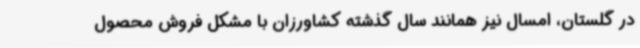
در گلستان، امسال نیز همانند سال گذشته کشاورزان با مشکل فروش محصول